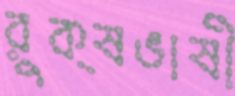
রুক্ষভাষী